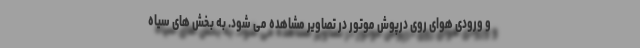
و ورودی هوای روی درپوش موتور در تصاویر مشاهده می شود. به بخش های سیاه